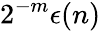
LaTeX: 2^{-m}\epsilon(n)